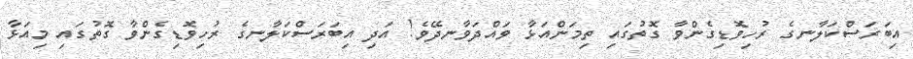
އިބަރަސްކަލާނގެ ރުހިވޮޑިގެންވާ ގޮތުގައި ތިމަންއަޅާ ވައްދަވާނދޭވެ! އަދި އިބަރަސްކަލާނގެ ރުހިވޮޑިގެންވާ ގޮތުގައި މިއަޅާ